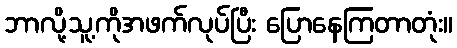
ဘာလို့သူ့ကိုအဖက်လုပ်ပြီး ပြောနေကြတာတုံး။